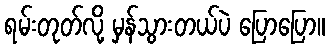
ရမ်းတုတ်လို့ မှန်သွားတယ်ပဲ ပြောပြော။